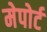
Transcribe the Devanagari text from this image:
मेपोर्ट